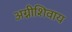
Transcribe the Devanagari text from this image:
अग्नीशिवाय